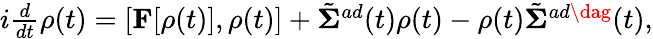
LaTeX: \begin{array}{r}{i\frac{d}{dt}\rho(t)=[{\mathbf F}[\rho(t)],\rho(t)]+\tilde{\mathbf\Sigma}^{ad}(t)\rho(t)-\rho(t)\tilde{\mathbf\Sigma}^{ad\dag}(t),}\end{array}